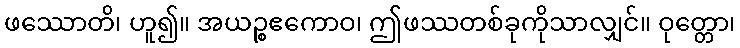
ဖဿောတိ၊ ဟူ၍။ အယဉ္စဧကောဝ၊ ဤဖဿတစ်ခုကိုသာလျှင်။ ဝုတ္တော၊